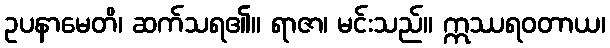
ဥပနာမေတိ၊ ဆက်သရ၏။ ရာဇာ၊ မင်းသည်။ ဣဿရဝတာယ၊